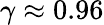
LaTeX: \gamma\approx 0.96